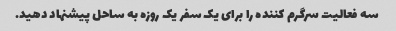
سه فعالیت سرگرم کننده را برای یک سفر یک روزه به ساحل پیشنهاد دهید.